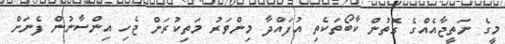
މީގެ ނަތީޖާއެއްގެ ގޮތުން ކާބޯތަކެތި އުފައްދާ މިންވަރު މަތިކުރަން ޖެހި އިންސާނުން ފެނަށް